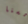
حسنا